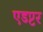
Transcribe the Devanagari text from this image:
एडप्टर